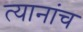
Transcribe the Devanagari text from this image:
त्यानांच